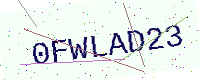
Text: 0FWLAD23